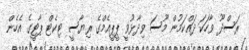
ރަސްދޫ ވާހަކަ ދައްކަމުން މޫސަ ވިދާޅުވީ ޕީޕީއެމްގެ ރިޔާސީ ޓިކެޓް ޕާޓީގެ އެހެން